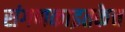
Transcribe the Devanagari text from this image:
संगणकाइतकेच